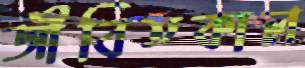
জীবিতকাল